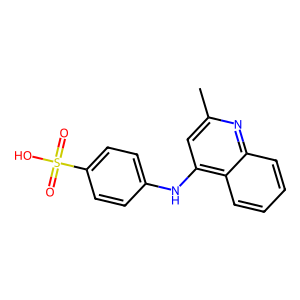
SMILES: Cc1cc(Nc2ccc(S(=O)(=O)O)cc2)c2ccccc2n1
Inhibits HIV replication: No